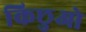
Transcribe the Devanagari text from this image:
किछुओ